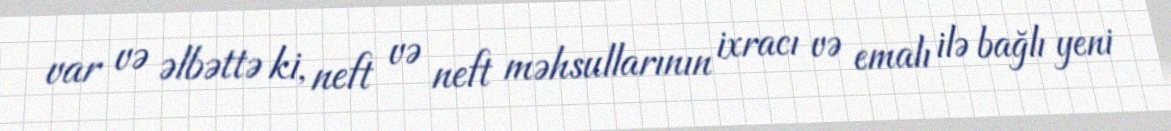
var və əlbəttə ki, neft və neft məhsullarının ixracı və emalı ilə bağlı yeni